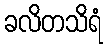
ခလိတသိရံ